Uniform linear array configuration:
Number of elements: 16
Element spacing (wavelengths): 0.75
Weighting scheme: cosine
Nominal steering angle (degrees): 0
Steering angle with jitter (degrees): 0.5662
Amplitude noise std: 0.05
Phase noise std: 0.05

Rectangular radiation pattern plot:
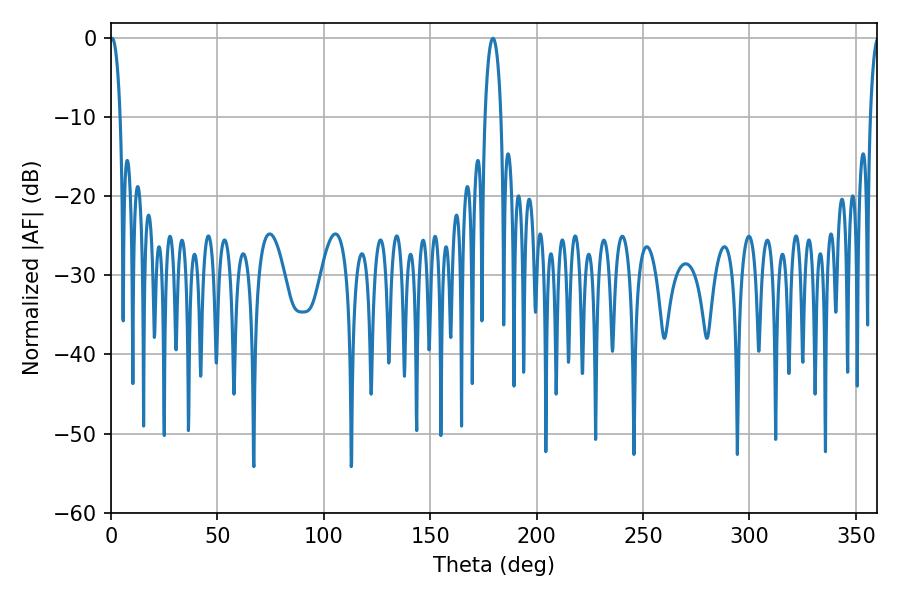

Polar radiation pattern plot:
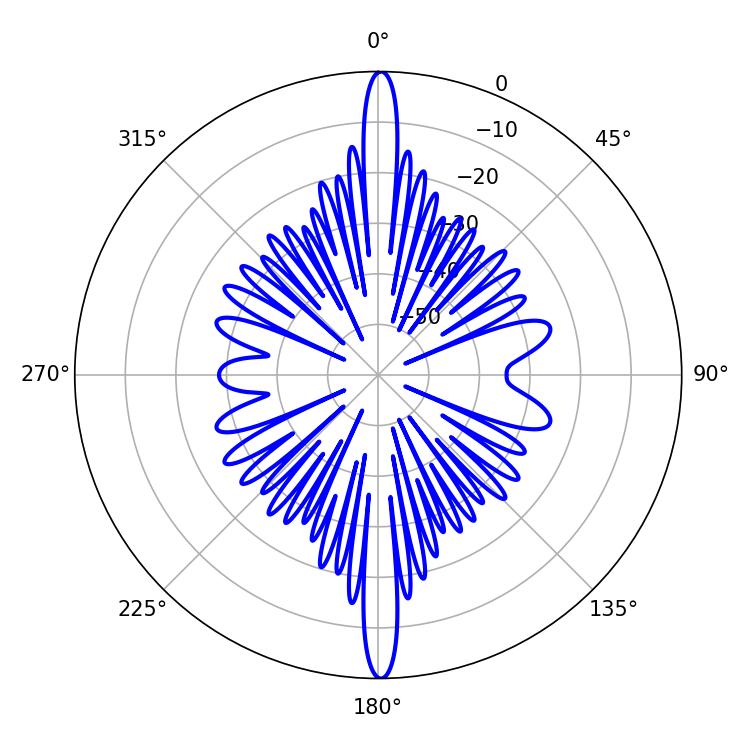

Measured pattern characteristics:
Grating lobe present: TRUE
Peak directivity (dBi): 30.847
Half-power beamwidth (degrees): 2.7
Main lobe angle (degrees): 0.54